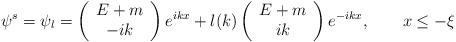
LaTeX: \begin{align*}\psi ^{s}=\psi _{l}=\left( \begin{array}{c}E+m \\ -ik\end{array}\right) e^{ikx}+l(k)\left( \begin{array}{c}E+m \\ ik\end{array}\right) e^{-ikx},\qquad x\leq -\xi\end{align*}